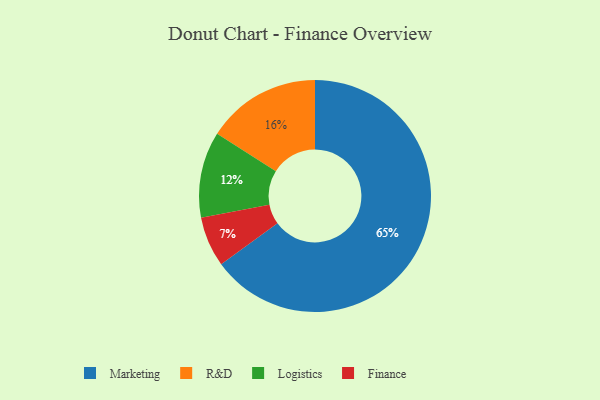
{"axis": {"x": "Category", "y": "Percentage"}, "legend": ["Finance", "Logistics", "Marketing", "R&D"], "data": [{"x": "R&D", "y": 16, "type": "R&D"}, {"x": "Marketing", "y": 65, "type": "Marketing"}, {"x": "Logistics", "y": 12, "type": "Logistics"}, {"x": "Finance", "y": 7, "type": "Finance"}]}